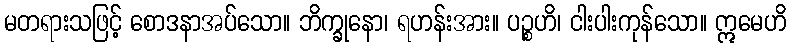
မတရားသဖြင့် စောဒနာအပ်သော။ ဘိက္ခုနော၊ ရဟန်းအား။ ပဉ္စဟိ၊ ငါးပါးကုန်သော။ ဣမေဟိ